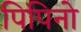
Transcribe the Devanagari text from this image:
पिपिनो